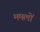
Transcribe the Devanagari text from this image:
ममलों